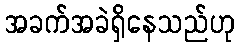
အခက်အခဲရှိနေသည်ဟု